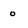
Character: 0